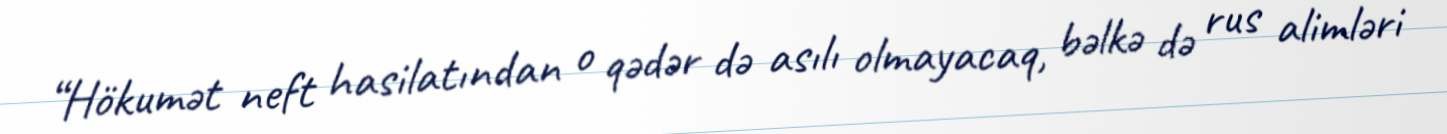
“Hökumət neft hasilatından o qədər də asılı olmayacaq, bəlkə də rus alimləri